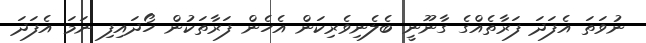
ނުވަތަ އެފަދަ ފަރާތެއްގެ ގާނޫނީ ބެލެނިވެރިކަން އެހެން ފަރާތަކުން ހޯދައިފި ނަމަ އެފަދަ